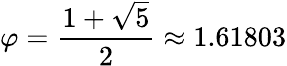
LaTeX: \varphi={\frac{1+{\sqrt{5}}}{2}}\approx 1.61803